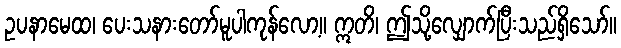
ဥပနာမေထ၊ ပေးသနားတော်မူပါကုန်လော့။ ဣတိ၊ ဤသို့လျှောက်ပြီးသည်ရှိသော်။